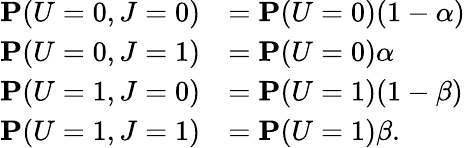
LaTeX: \begin{array}{rl}{\mathbf{P}(U=0,J=0)}&{=\mathbf{P}(U=0)(1-\alpha)}\\ {\mathbf{P}(U=0,J=1)}&{=\mathbf{P}(U=0)\alpha}\\ {\mathbf{P}(U=1,J=0)}&{=\mathbf{P}(U=1)(1-\beta)}\\ {\mathbf{P}(U=1,J=1)}&{=\mathbf{P}(U=1)\beta.}\end{array}